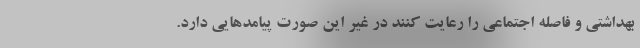
بهداشتی و فاصله اجتماعی را رعایت کنند در غیر این صورت پیامدهایی دارد.